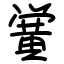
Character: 黉